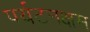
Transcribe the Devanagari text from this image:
पर्यटनक्षम